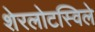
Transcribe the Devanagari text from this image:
शेरलोटस्विले